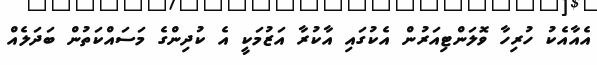
އެއާއެކު ހުރިހާ ވޮލަންޓިއަރުން އެކުގައި އާކުރާ އަޒުމަކީ އެ ކުދިންގެ މަސައްކަތުން ބަދަލެއް